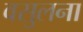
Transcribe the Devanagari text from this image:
वसुलना